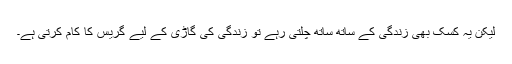
لیکن یہ کسک بھی زندگی کے ساتھ ساتھ چلتی رہے تو زندگی کی گاڑی کے لیے گریس کا کام کرتی ہے۔